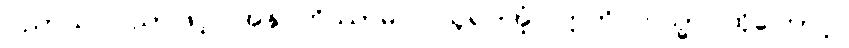
ပညာယ၊ ပညာဖြင့်။ အနုဂ္ဂဟိဿာမိ၊ ငါယူရပါအံ့။ ဣတိ တသ္မာ၊ ထိုကြောင့်။